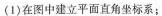
(1)在图中建立平面直角坐标系；